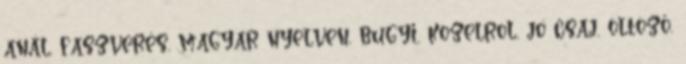
anál, faszverés, magyar nyelven, bugyi, kozelrol, jo csaj, öltöző,